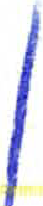
אות: ן